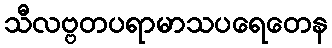
သီလဗ္ဗတပရာမာသပရေတေန